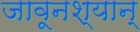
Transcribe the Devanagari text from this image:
जावूनश्यान्